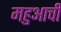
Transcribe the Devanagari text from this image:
महुआची